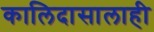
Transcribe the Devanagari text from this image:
कालिदासालाही